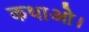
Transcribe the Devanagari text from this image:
कथाओ।